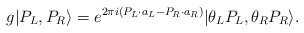
\begin{align*}g|P_L,P_R\rangle = e^{2\pi i (P_L\cdot a_L - P_R \cdot a_R)} |\theta_L P_L ,\theta_R P_R\rangle.\end{align*}